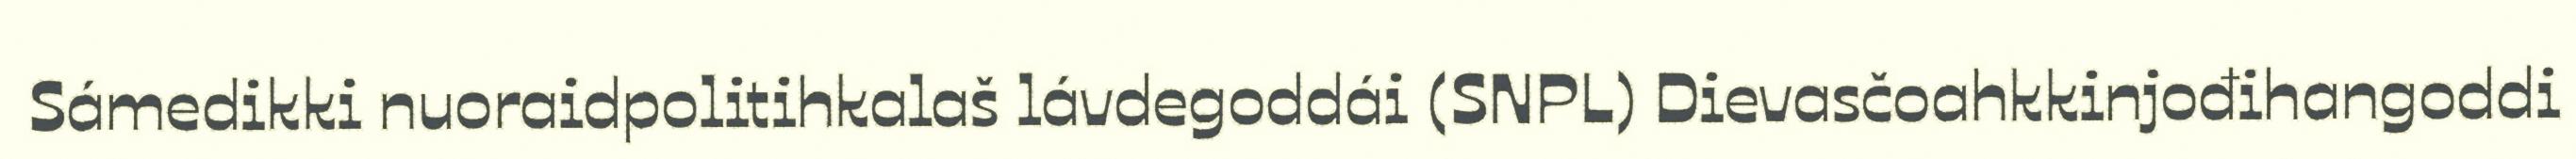
Sámedikki nuoraidpolitihkalaš lávdegoddái (SNPL) Dievasčoahkkinjođihangoddi